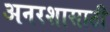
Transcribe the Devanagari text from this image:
अनरशासाठी